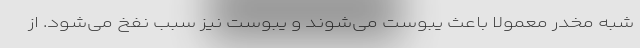
شبه مخدر معمولاً باعث یبوست می‌شوند و یبوست نیز سبب نفخ می‌شود. از